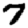
Digit: 7